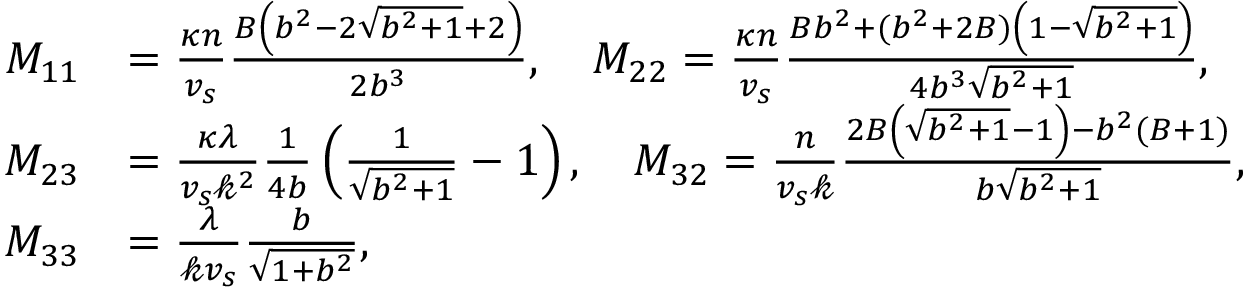
\begin{array} { r l } { M _ { 1 1 } } & { = \frac { \kappa n } { v _ { s } } \frac { B \left( b ^ { 2 } - 2 \sqrt { b ^ { 2 } + 1 } + 2 \right) } { 2 b ^ { 3 } } , \quad M _ { 2 2 } = \frac { \kappa n } { v _ { s } } \frac { B b ^ { 2 } + ( b ^ { 2 } + 2 B ) \left( 1 - \sqrt { b ^ { 2 } + 1 } \right) } { 4 b ^ { 3 } \sqrt { b ^ { 2 } + 1 } } , } \\ { M _ { 2 3 } } & { = \frac { \kappa \lambda } { v _ { s } \mathcal { k } ^ { 2 } } \frac { 1 } { 4 b } \left( \frac { 1 } { \sqrt { b ^ { 2 } + 1 } } - 1 \right) , \quad M _ { 3 2 } = \frac { n } { v _ { s } \mathcal { k } } \frac { 2 B \left( \sqrt { b ^ { 2 } + 1 } - 1 \right) - b ^ { 2 } ( B + 1 ) } { b \sqrt { b ^ { 2 } + 1 } } , } \\ { M _ { 3 3 } } & { = \frac { \lambda } { \mathcal { k } v _ { s } } \frac { b } { \sqrt { 1 + b ^ { 2 } } } , } \end{array}